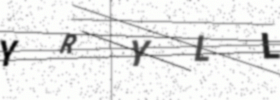
Text: YRYLL